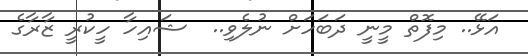
އަޅޭ.. މިފޮތް މީނީ ދަބަހަށް ނުލެވި..  ޝައިހާ ހީކުރީ ޒާރާގެ